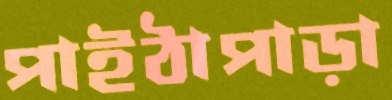
পাইঠাপাড়া